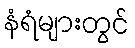
နံရံများတွင်